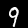
Digit: 9